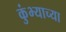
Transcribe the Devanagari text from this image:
कुंभ्याच्या